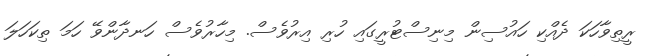
ރީތިވާހަކަ ދެއްކި ހައުސިން މިނިސްޓުރީގައި ހުރި އިރުވެސް. މިހާރުވެސް ހަނދާންވޭ ހަމަ ތިކަހަލަ